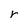
Character: r